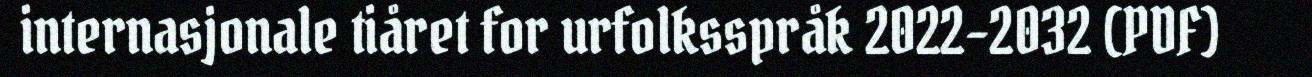
internasjonale tiåret for urfolksspråk 2022–2032 (PDF)